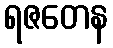
ရဇတေန